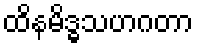
ထိနမိဒ္ဓသဟဂတာ